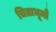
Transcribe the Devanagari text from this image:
चिताभूमौ